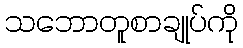
သဘောတူစာချုပ်ကို